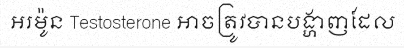
អរម៉ូន Testosterone អាចត្រូវបានបង្ហាញដែល